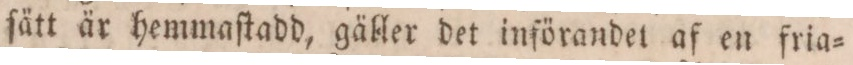
ſätt är hemmaſtadd, gäller det införandet af en fria=